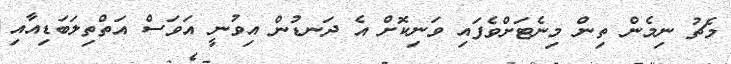
މެޗު ނިމެން ތިން މިނެޓަށްވެފައި ވަނިކޮށް އެ ދަނޑުން އިވުނީ އަވަސް އަތްތިލަބަޑިއާއި